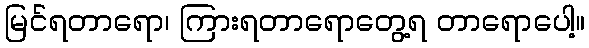
မြင်ရတာရော၊ ကြားရတာရောတွေ့ရ တာရောပေါ့။